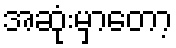
အဆုံးမှာတော့